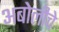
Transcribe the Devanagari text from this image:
अबोलीचे